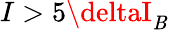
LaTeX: I>5\deltaI_{\mathit{B}}